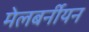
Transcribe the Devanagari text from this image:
मेलबर्नीयन